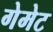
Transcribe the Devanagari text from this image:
गेमेट